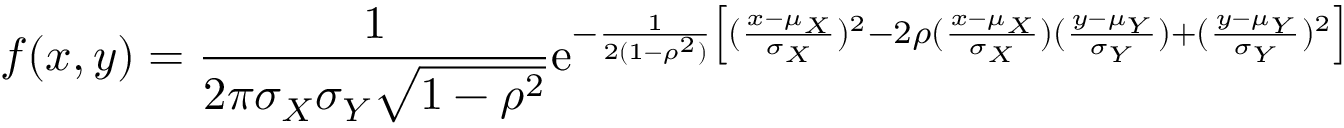
f ( x , y ) = { \frac { 1 } { 2 \pi \sigma _ { X } \sigma _ { Y } { \sqrt { 1 - \rho ^ { 2 } } } } } \mathrm { e } ^ { - { \frac { 1 } { 2 ( 1 - \rho ^ { 2 } ) } } \left[ ( { \frac { x - \mu _ { X } } { \sigma _ { X } } } ) ^ { 2 } - 2 \rho ( { \frac { x - \mu _ { X } } { \sigma _ { X } } } ) ( { \frac { y - \mu _ { Y } } { \sigma _ { Y } } } ) + ( { \frac { y - \mu _ { Y } } { \sigma _ { Y } } } ) ^ { 2 } \right] }